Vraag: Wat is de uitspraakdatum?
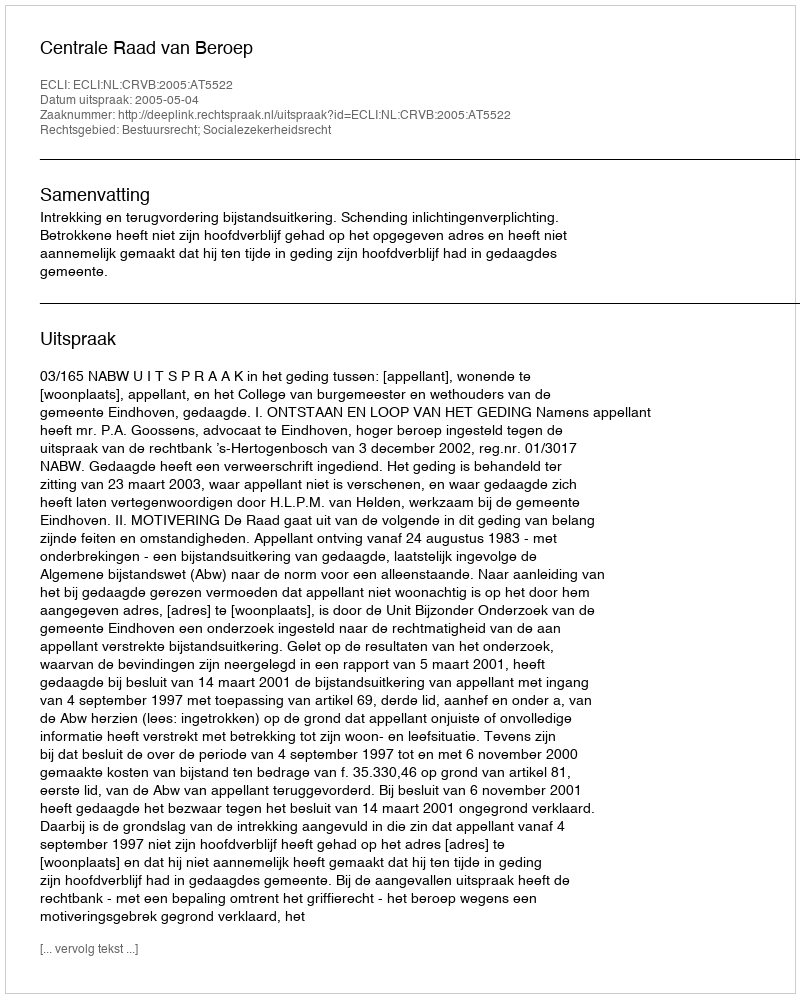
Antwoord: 2005-05-04